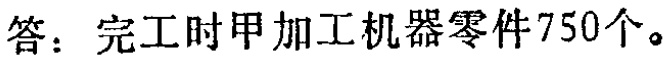
答：完工时甲加工机器零件750个。